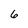
Character: 6